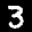
Label: 3